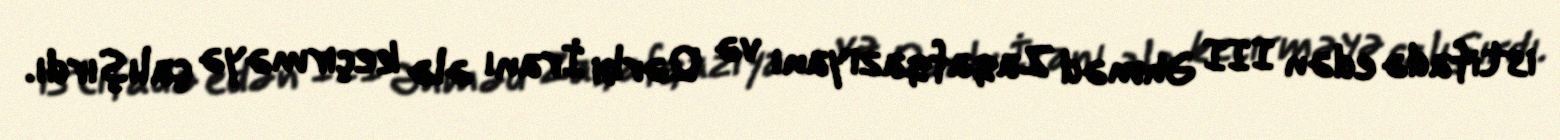
istifadə edən III Əhməd Zaqafqaziyanı və Qərbi İranı ələ keçirməyə çalışırdı.